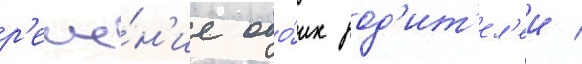
р'еше́н'ие обо́их род'ит'ел'еи /